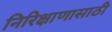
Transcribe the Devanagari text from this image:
निरिक्षाणासाठी